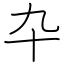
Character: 卆